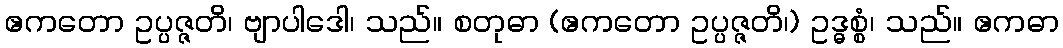
ဧကတော ဥပ္ပဇ္ဇတိ၊ ဗျာပါဒေါ၊ သည်။ စတုဓာ (ဧကတော ဥပ္ပဇ္ဇတိ၊) ဥဒ္ဓစ္စံ၊ သည်။ ဧကဓာ